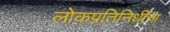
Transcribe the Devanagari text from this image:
लोकप्रतिनिधींना